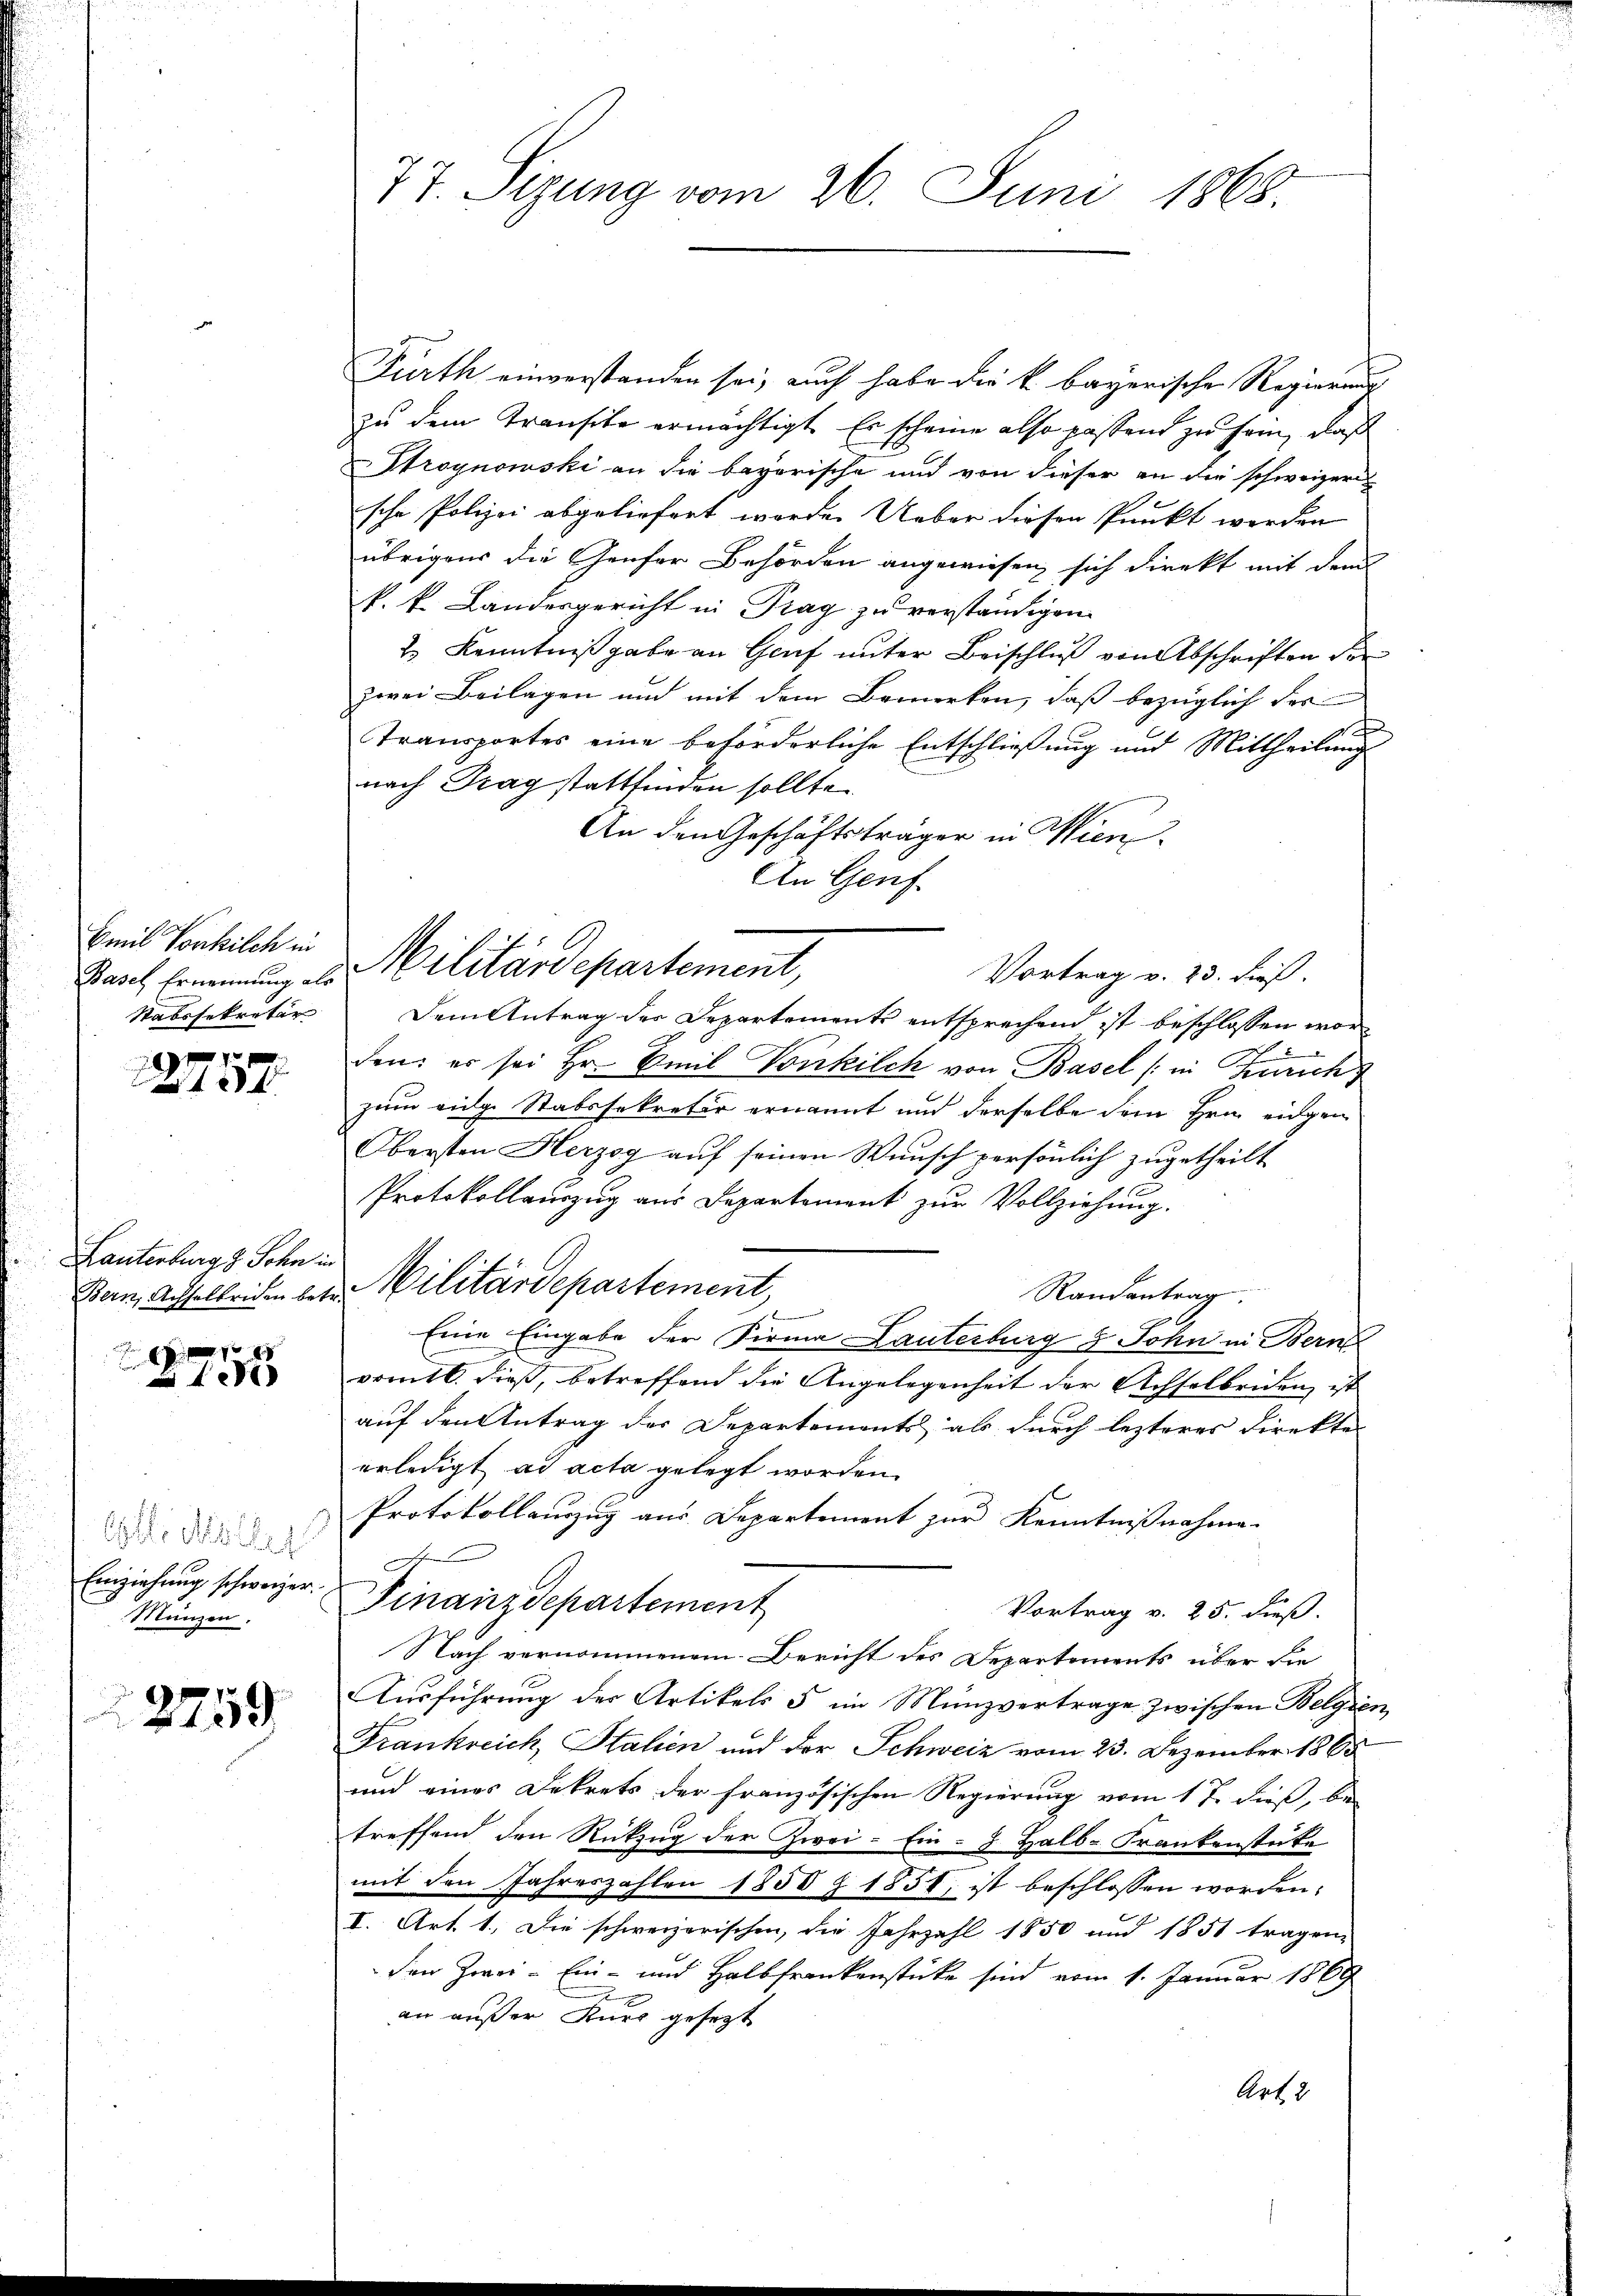
Emil Vorkilch in
Stabssekretär

2 f 0 x
f

Lanterburg z. Sohn in
8

40 x

Elle Millig
Einziehung schweizer.
Münzen.

2759

77. Szung vom 26. Juni 1868.

Fürth einverstanden sei, auch habe die k. bayerische Regierung
zu dem Transito ermächtigt. Es scheine also passend zu sein, daß
Stroynowski an die bayerische und von dieser an die schweizern
sche Polizei abgeliefert worden Ueber diesen Punkt werden
übrigens die Genfer Behörden angewiesen, sich direkt mit dem
k. k. Landesgericht in Prag zu verständigen
& Kenntnißgabe an Genf unter Beischluß von Abschriften der
zwei Beilagen und mit dem Bemerken, daß bezüglich der
Transportes eine beförderliche Entschließung und Mittheilung
nach Prag stattfinden sollte.
An den Geschäftsträger in Wien
An Genf.
Vortrag v. 23. dieß.
Dem Antrag der Departements entsprechend ist beschlossen worden; es sei Hr. Emil Vonkilch von Basel (in Zürich
zum eige Stabssekretär ernannt und derselbe dem Hrn. eingen
Obersten Herzog auf seinen Wunsch persönlich zugetheilt
Protokollauszug aus Departement zur Vollziehung.
Bern, Achselberichen betr. Militärdepartement,
Randantrag.
Eine Eingabe der Firma Lauterburg & Sohn in Bern
vomtl. dieß, betreffend die Angelegenheit der Achselbriden ist
auf den Antrag der Departements als durch lezteres Direkte
erledigt ad acta gelegt worden.
Protokollauszug aus Departement zur Kenntnißnahme.
Finanzdepartement
Vortrag v. 25. dieß.
Nach vernommenem Bericht des Departements über die
Ausführung der Artikels 5 im Münzvertrage zwischen Belgien
Frankreich, Stalien und der Schweiz vom 23. Dezember 1868
und eines Dekrets der französischen Regierung vom 17. dieß, be-
treffend den Rückzug der Zwei- Ein-  Halb-Frankenstete
mit den Jahreszahlen 1858 § 1854, ist beschlossen worden:
I. Art. 1. Die schweizerischen, die Jahrzahl 1850 und 1851 tragen,
den Zwei- Ein- und Halbfrankenstücke sind vom 1. Januar 1869
x
an außer Kurz gesetzt
Art. 2

Raut Ernennung des Militärdepartement,